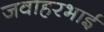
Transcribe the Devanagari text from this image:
जवाहरभाई